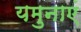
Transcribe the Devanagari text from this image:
यमुनाएं